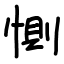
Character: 惻